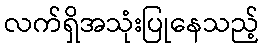
လက်ရှိအသုံးပြုနေသည့်